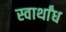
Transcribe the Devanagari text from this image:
स्वार्थांध